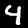
Label: 4